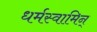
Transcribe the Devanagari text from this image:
धर्मस्वामिन्